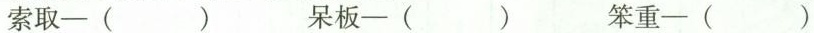
索取-( )呆板-( )笨重-( )